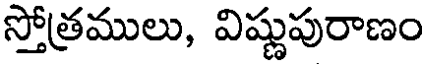
స్తోత్రములు, విష్ణుపురాణం